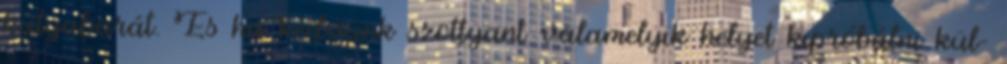
kutyabarát. És ha kedvünk szottyant valamelyik helyet kipróbálni kül-